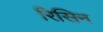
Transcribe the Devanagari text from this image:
रिसिन